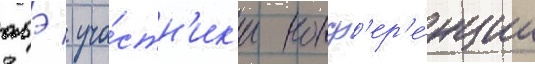
абэ / уча́стн'ик'и конф'ер'е́нции